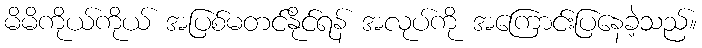
မိမိကိုယ်ကိုယ် အပြစ်မတင်နိုင်ရန် အလုပ်ကို အကြောင်းပြနေခဲ့သည်။